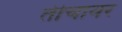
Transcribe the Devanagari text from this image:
तीचावर